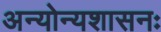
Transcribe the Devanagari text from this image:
अन्योन्यशासनः